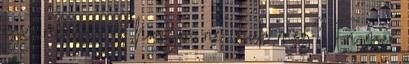
egy recenzió és hogyan ne írjuk meg? Én már